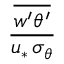
\frac { \overline { { w ^ { \prime } \theta ^ { \prime } } } } { u _ { * } \, \sigma _ { \theta } }